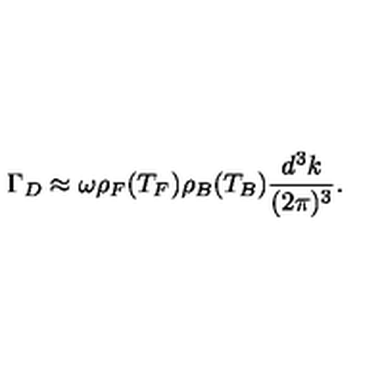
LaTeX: \Gamma _ { D } \approx \omega \rho _ { F } ( T _ { F } ) \rho _ { B } ( T _ { B } ) \frac { d ^ { 3 } k } { ( 2 \pi ) ^ { 3 } } .